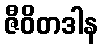
ဇီဝိတဒါန